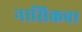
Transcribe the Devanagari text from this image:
नासिकचा